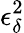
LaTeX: \epsilon_{\delta}^{2}